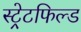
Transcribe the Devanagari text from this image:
स्ट्रेटफिल्ड